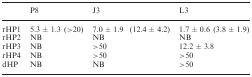
<table><thead><tr><td></td><td><b>P8</b></td><td><b>J3</b></td><td><b>L3</b></td></tr></thead><tbody><tr><td>rHP1</td><td>5.3 ± 1.3 (&gt;20)</td><td>7.0 ± 1.9 (12.4 ± 4.2)</td><td>1.7 ± 0.6 (3.8 ± 1.9)</td></tr><tr><td>rHP2</td><td>NB</td><td>NB</td><td>NB</td></tr><tr><td>rHP3</td><td>NB</td><td>&gt;50</td><td>12.2 ± 3.8</td></tr><tr><td>rHP4</td><td>NB</td><td>&gt;50</td><td>&gt;50</td></tr><tr><td>dHP</td><td>NB</td><td>NB</td><td>&gt;50</td></tr></tbody></table>